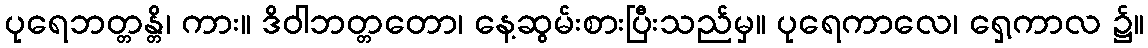
ပုရေဘတ္တန္တိ၊ ကား။ ဒိဝါဘတ္တတော၊ နေ့ဆွမ်းစားပြီးသည်မှ။ ပုရေကာလေ၊ ရှေ့ကာလ ၌။